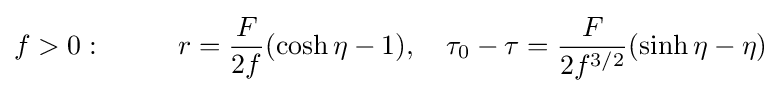
f>0:~~~~~~~~r={\frac {F}{2f}}(\cosh \eta -1),\quad \tau _{0}-\tau ={\frac {F}{2f^{3/2}}}(\sinh \eta -\eta )